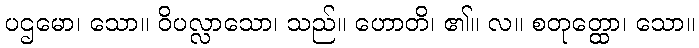
ပဌမော၊ သော။ ဝိပလ္လာသော၊ သည်။ ဟောတိ၊ ၏။ လ။ စတုတ္ထော၊ သော။